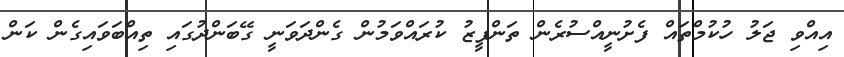
އިއްވި ޖަލު ހުކުމްތައް ފެށުނީއްސުރެން ތަންފީޒު ކުރައްވަމުން ގެންދަވަނީ ގޭބަންދުގައި ތިއްބަވައިގެން ކަން